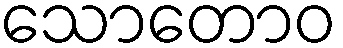
သောတောဝ